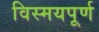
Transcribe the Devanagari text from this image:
विस्मयपूर्ण